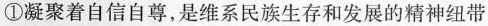
①凝聚着自信自尊，是维系民族生存和发展的精神纽带